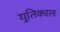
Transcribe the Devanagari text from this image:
युतिकाल